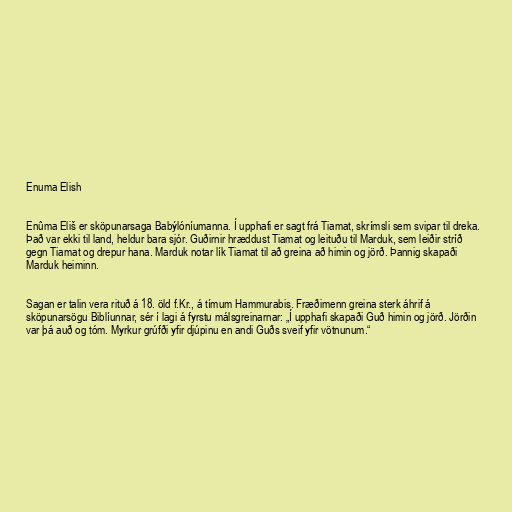
Enuma Elish

Enûma Eliš er sköpunarsaga Babýlóníumanna. Í upphafi er sagt frá Tiamat, skrímsli sem svipar til dreka.
Það var ekki til land, heldur bara sjór. Guðirnir hræddust Tiamat og leituðu til Marduk, sem leiðir stríð
gegn Tiamat og drepur hana. Marduk notar lík Tiamat til að greina að himin og jörð. Þannig skapaði
Marduk heiminn.

Sagan er talin vera rituð á 18. öld f.Kr., á tímum Hammurabis. Fræðimenn greina sterk áhrif á
sköpunarsögu Biblíunnar, sér í lagi á fyrstu málsgreinarnar: „Í upphafi skapaði Guð himin og jörð. Jörðin
var þá auð og tóm. Myrkur grúfði yfir djúpinu en andi Guðs sveif yfir vötnunum.“